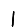
Digit: 1